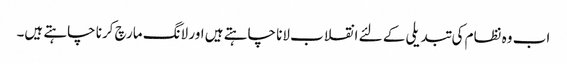
اب وہ نظام کی تبدیلی کے لئے انقلاب لانا چاہتے ہیں اور لانگ مارچ کرنا چاہتے ہیں۔